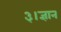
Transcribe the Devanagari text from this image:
३।ज्ञान